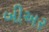
બીઅર